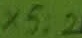
Text: X5:2